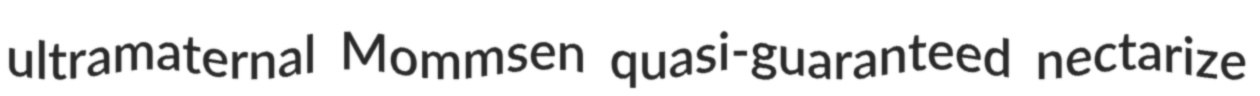
ultramaternal Mommsen quasi-guaranteed nectarize